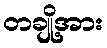
တချို့အား